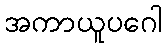
အကာယူပဂေါ